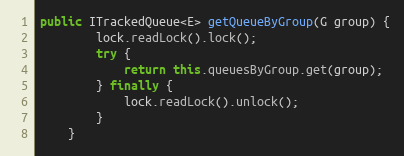
Language: Java
public ITrackedQueue<E> getQueueByGroup(G group) {
        lock.readLock().lock();
        try {
            return this.queuesByGroup.get(group);
        } finally {
            lock.readLock().unlock();
        }
    }